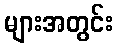
များအတွင်း